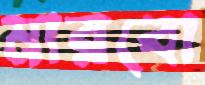
মারবো